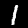
Digit: 1